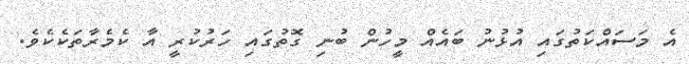
އެ މަސައްކަތުގައި އުޅުނު ބައެއް މީހުން ބުނި ގޮތުގައި ހަރުކުރީ އާ ކެމެރާތަކެކެވެ.